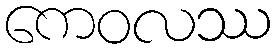
ကေဝလဿ